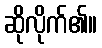
ဆိုလိုက်၏။